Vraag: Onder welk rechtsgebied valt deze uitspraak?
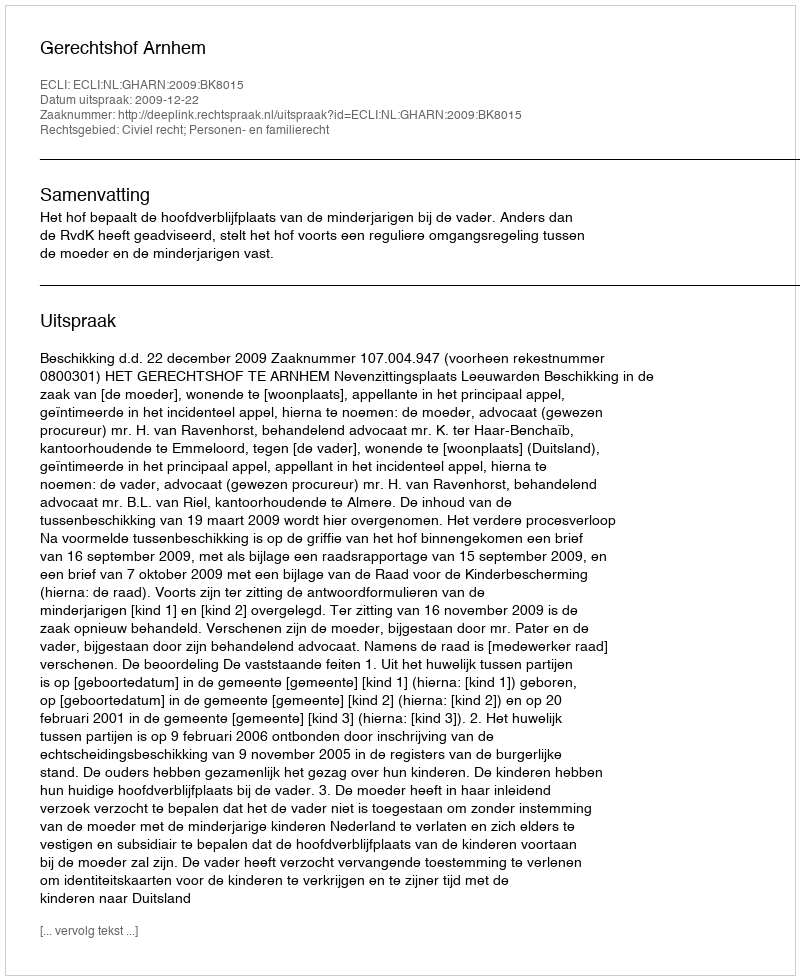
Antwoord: Civiel recht; Personen- en familierecht